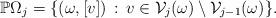
LaTeX: \begin{align*}\mathbb P\Omega_j=\{(\omega,[v])\,:\,v\in \mathcal V_j(\omega)\setminus \mathcal V_{j-1}(\omega)\}.\end{align*}